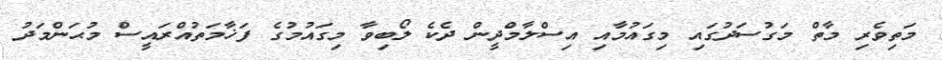
މަތިވެރި މާތް މަގުސަދުގައި މިގައުމާއި އިސްލާމްދީން ދެކެ ލޯބިވާ މިގައުމުގެ ފަޚާމަތުއްރައީސް މުޙަންމަދު